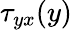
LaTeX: \tau_{yx}(y)